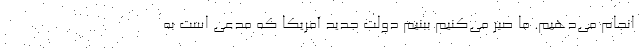
انجام می‌دهیم. ما صبر می‌کنیم ببنیم دولت جدید آمریکا که مدعی است به